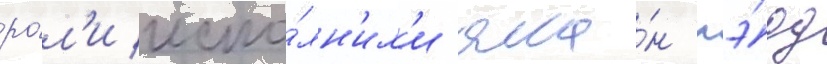
ро́л'и испо́лн'ил'и ала́н лэ́дд